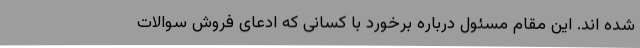
شده اند. این مقام مسئول درباره برخورد با کسانی که ادعای فروش سوالات